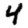
Digit: 4